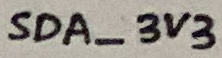
Text: SDA_3V3